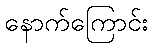
နောက်ကြောင်း